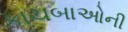
કાચબાઓની